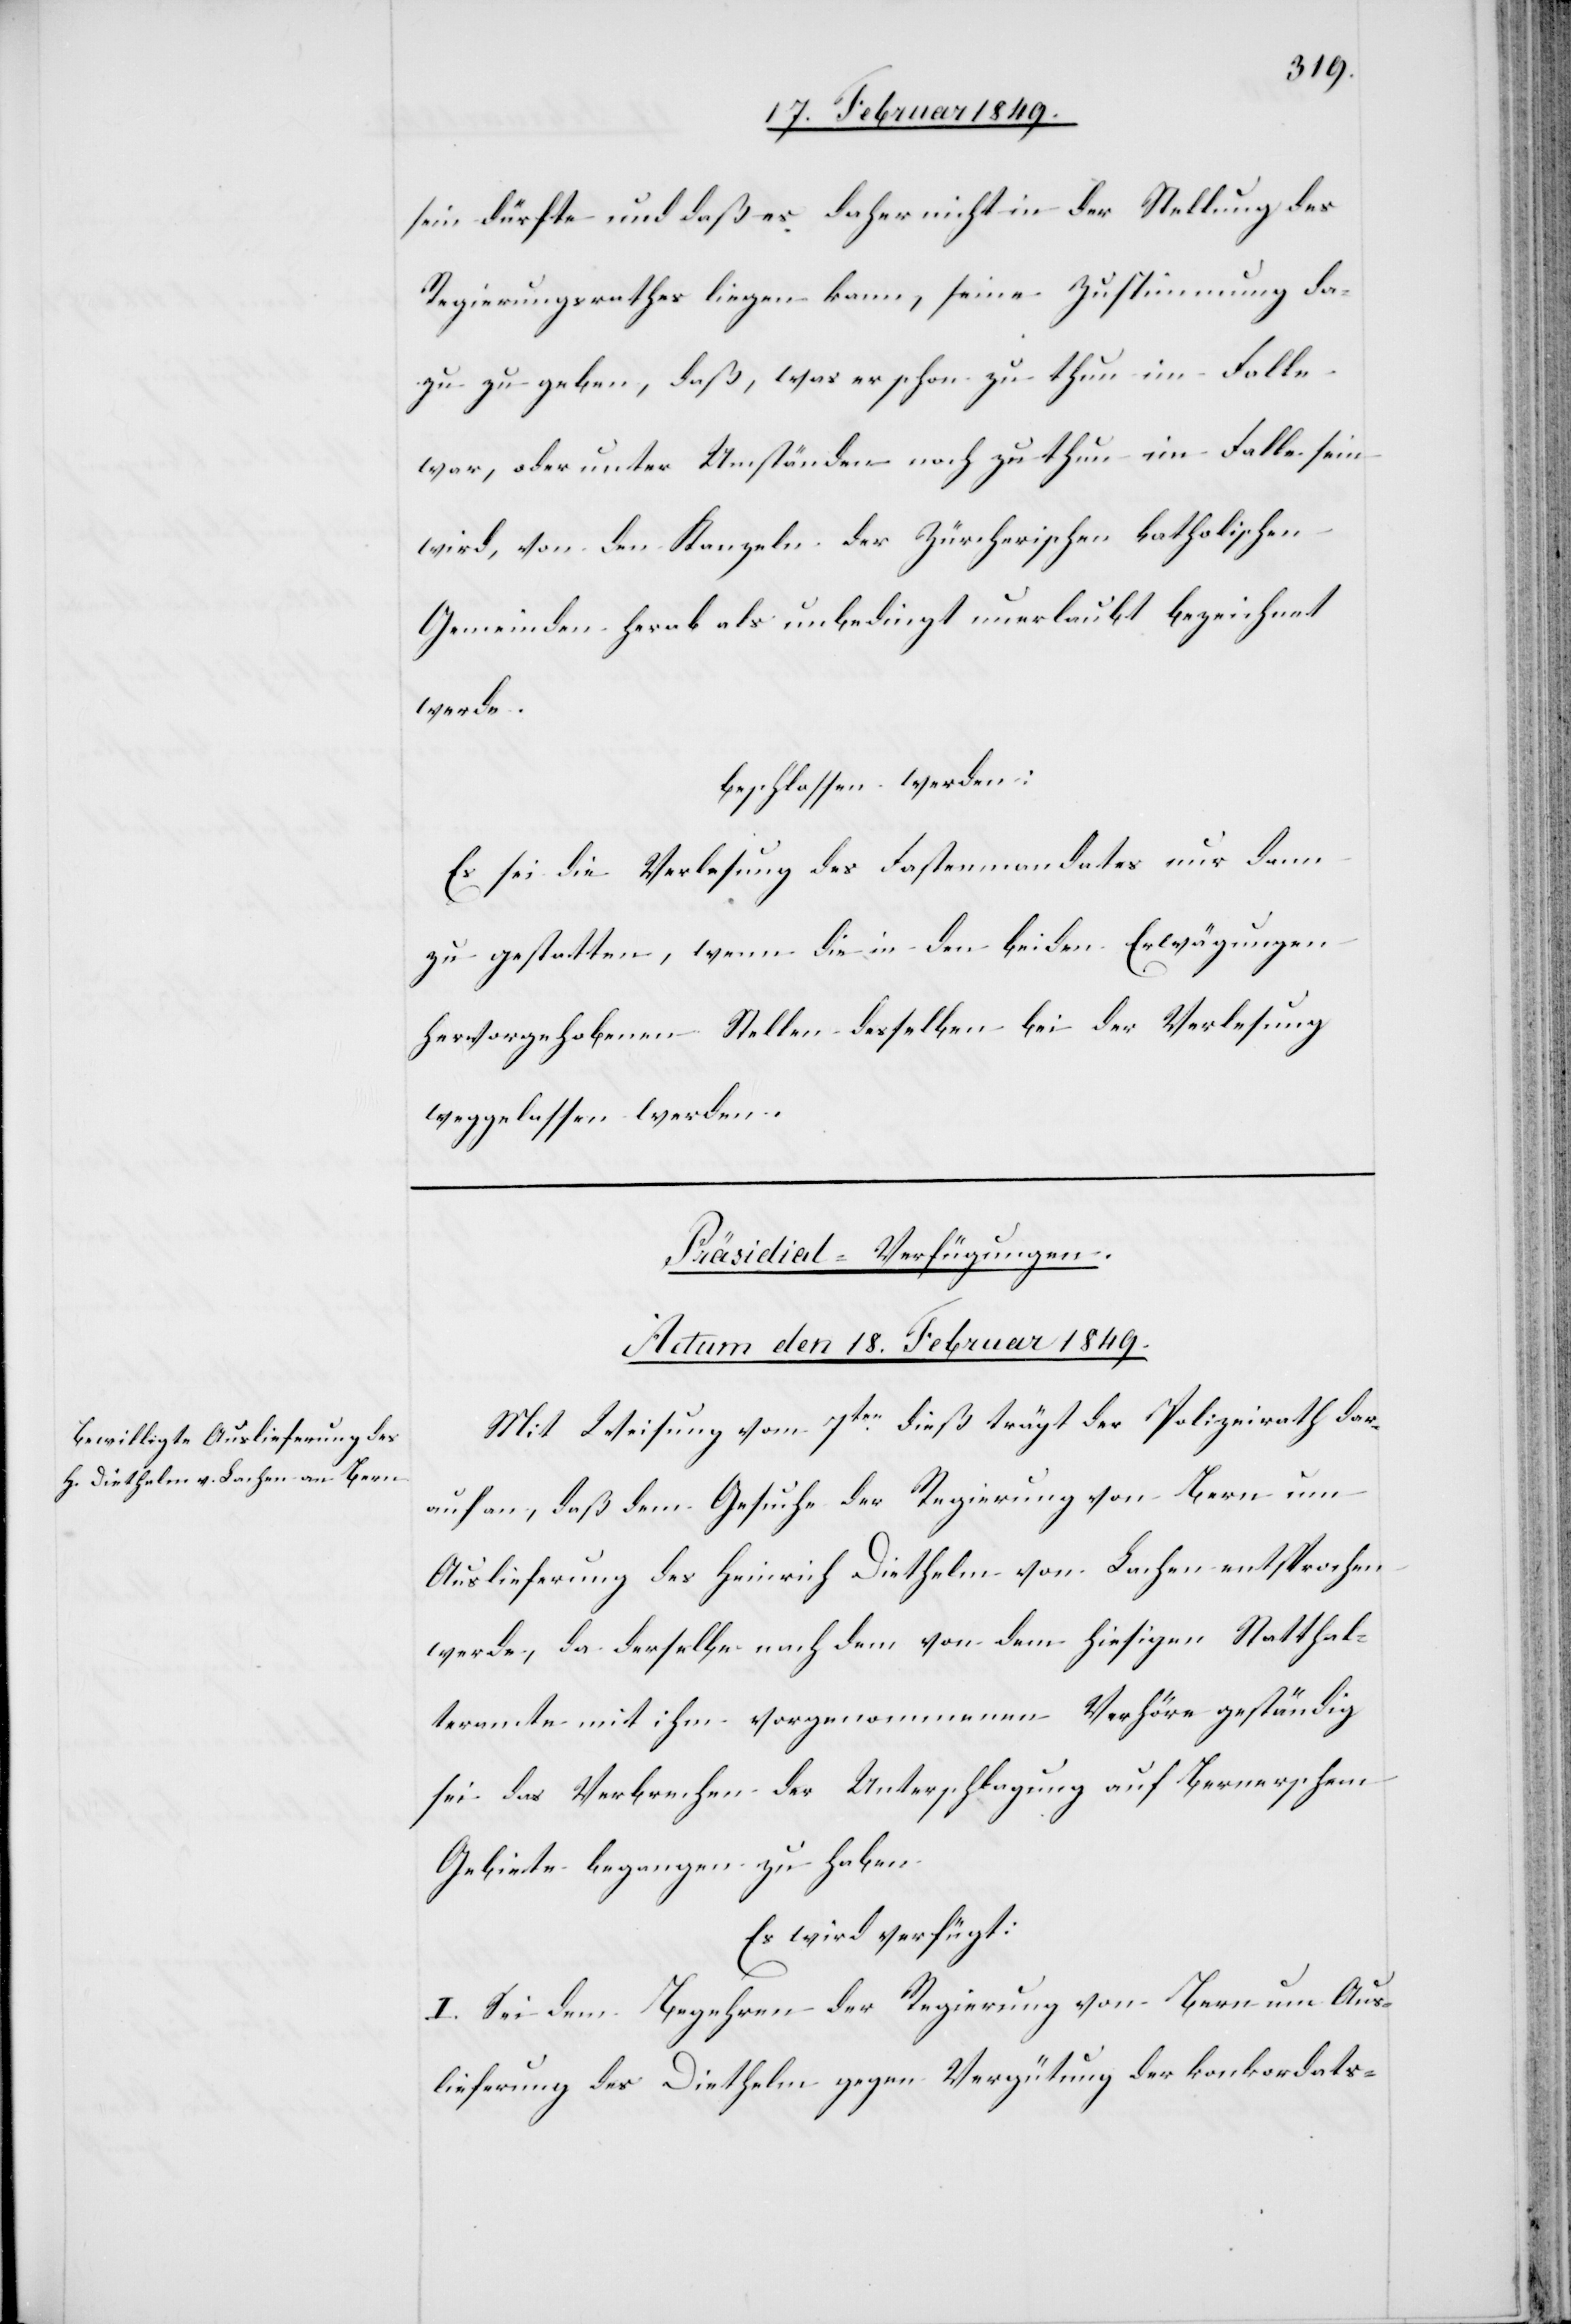
sein dürfte und daß es daher nicht in der Stellung des
Regierungsrathes liegen kann, seine Zustimmung da¬
zu zu geben, daß, was er schon zu thun im Falle
war, oder unter Umständen noch zu thun im Falle sein
wird, von den Kanzeln der Zürcherischen katholischen
Gemeinden herab als unbedingt unerlaubt bezeichnet
werde.
beschlossen werden:
Es sei die Verlesung des Fastenmandates nur dann
zu gestatten, wenn die in den beiden Erwägungen
hervorgehobenen Stellen desselben bei der Verlesung
weggelassen werden.
Präsidial-Verfügungen.
Actum den 18. Februar 1849.
Mit Weisung vom 7ten. dieß trägt der Polizeirath dar¬
auf an, daß dem Gesuche der Regierung von Bern um
Auslieferung des Heinrich Diethelm von Lachen entsprochen
werde, da derselbe nach dem von dem hiesigen Statthal¬
teramte mit ihm vorgenommenen Verhöre geständig
sei das Verbrechen der Unterschlagung auf Bernerschem
Gebiete begangen zu haben.
Es wird verfügt:
I. Sei dem Begehren der Regierung von Bern um Aus¬
lieferung des Diethelm gegen Vergütung der konkordats-